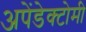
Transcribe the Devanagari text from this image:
अपेंडेक्टोमी